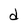
Character: d